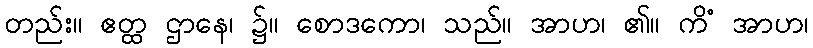
တည်း။ ဧတ္ထ ဌာနေ၊ ၌။ စောဒကော၊ သည်။ အာဟ၊ ၏။ ကိံ အာဟ၊